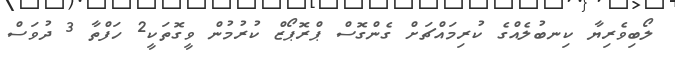
ލޯބިވެރިޔާ ކިނބުލެއްގެ ކުރިމައްޗަށް ގެންގޮސް ޕްރޮޕޯޒް ކުރުމުން ވީގޮތަކީ2 ހަފްތާ 3 ދުވަސް